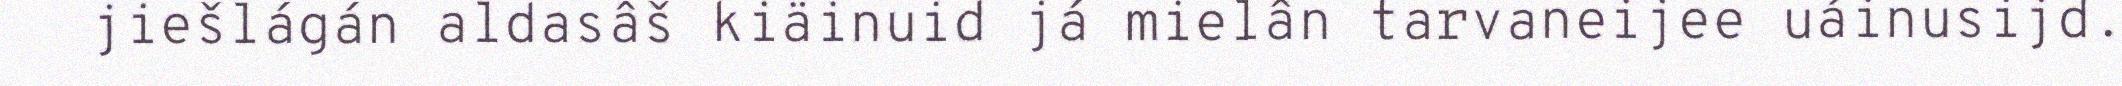
jiešlágán aldasâš kiäinuid já mielân tarvaneijee uáinusijd.